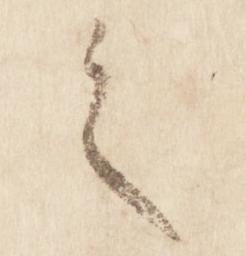
之